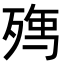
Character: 𭮘